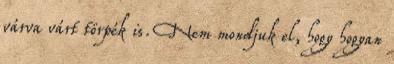
várva várt törpék is. Nem mondjuk el, hogy hogyan